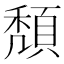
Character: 頽